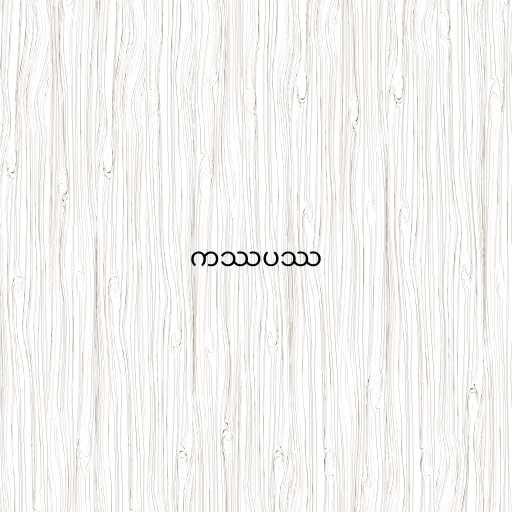
ကဿပဿ